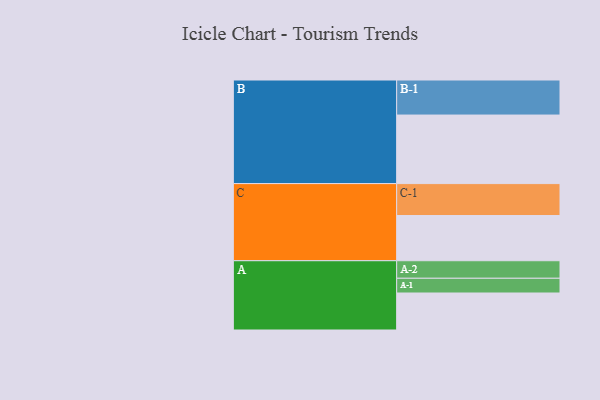
{"axis": {"x": "Segment", "y": "Value"}, "legend": ["", "A", "B", "C"], "data": [{"x": "A", "y": 306, "type": ""}, {"x": "B", "y": 567, "type": ""}, {"x": "C", "y": 374, "type": ""}, {"x": "A-1", "y": 122, "type": "A"}, {"x": "A-2", "y": 145, "type": "A"}, {"x": "B-1", "y": 290, "type": "B"}, {"x": "C-1", "y": 264, "type": "C"}]}